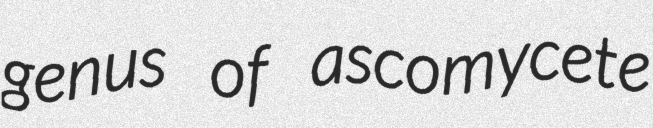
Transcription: genus of ascomycete